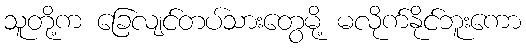
သူတို့က ခြေလျင်တပ်သားတွေမို့ မလိုက်နိုင်ဘူးကော